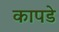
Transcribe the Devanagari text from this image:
कापडे